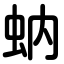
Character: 蚋